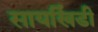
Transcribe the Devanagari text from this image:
सायखिंडी